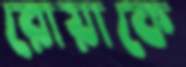
রোয়াকে